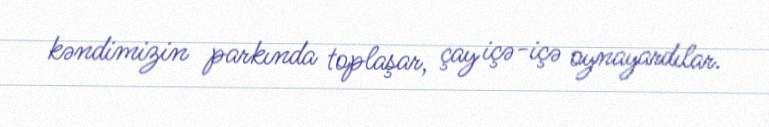
kəndimizin parkında toplaşar, çay içə-içə oynayardılar.